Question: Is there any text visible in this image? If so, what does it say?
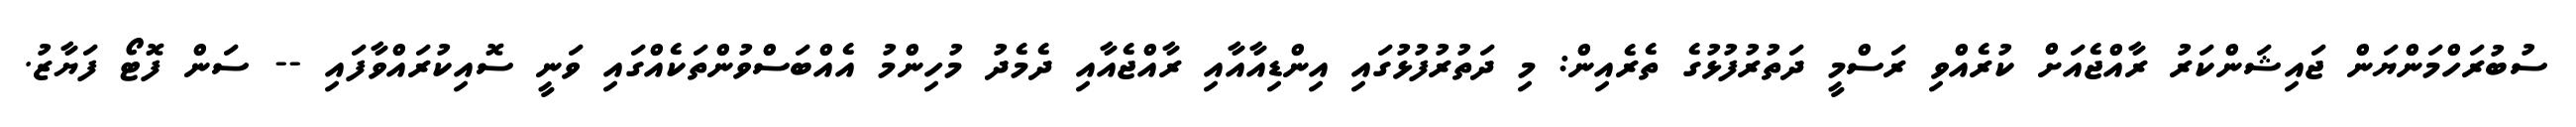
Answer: ސުބުރަހްމަންޔަން ޖައިޝަންކަރު ރާއްޖެއަށް ކުރެއްވި ރަސްމީ ދަތުރުފުޅުގެ ތެރެއިން: މި ދަތުރުފުޅުގައި އިންޑިއާއާއި ރާއްޖެއާއި ދެމެދު މުހިންމު އެއްބަސްވުންތަކެއްގައި ވަނީ ސޮއިކުރައްވާފައި -- ސަން ފޮޓޯ ފަޔާޒު.